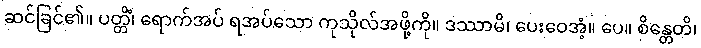
ဆင်ခြင်၏။ ပတ္တိံ၊ ရောက်အပ် ရအပ်သော ကုသိုလ်အဖို့ကို။ ဒဿာမိ၊ ပေးဝေအံ့။ ပေ။ စိန္တေတိ၊